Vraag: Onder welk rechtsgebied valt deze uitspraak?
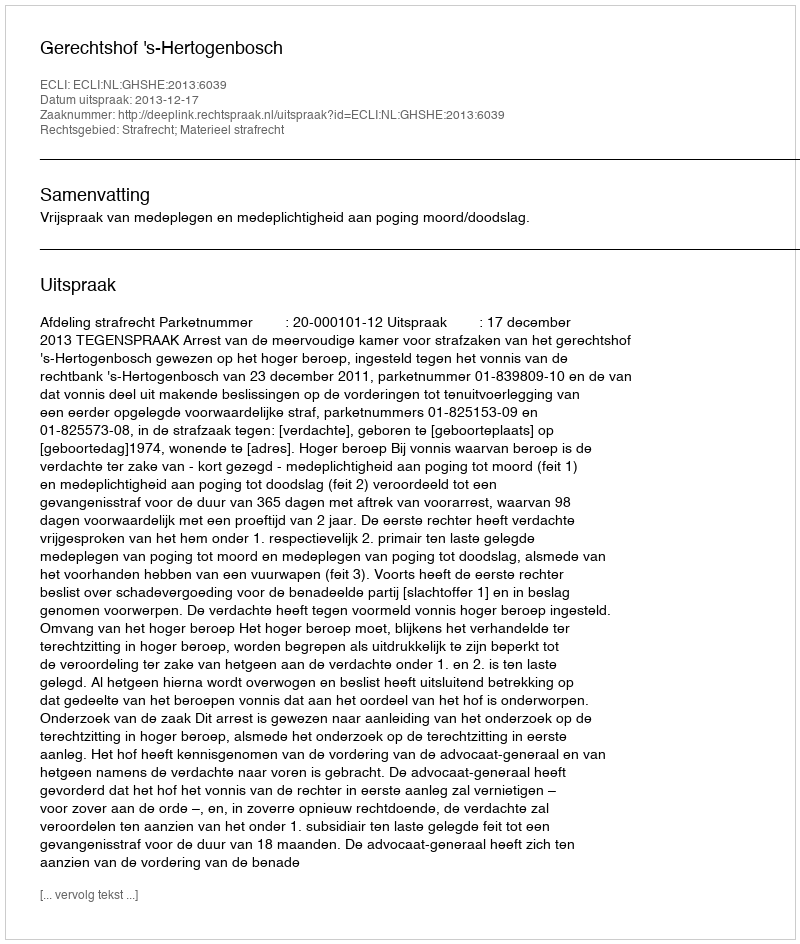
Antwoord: Strafrecht; Materieel strafrecht